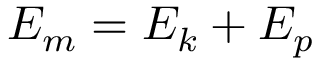
E _ { m } = E _ { k } + E _ { p }